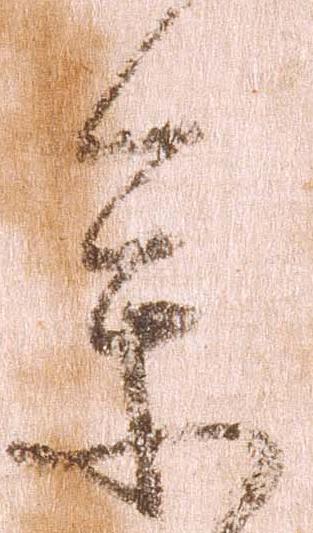
参